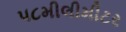
૫૮મીલીમીટર